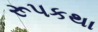
રૂપકથા